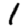
Digit: 1